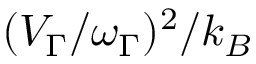
( V _ { \Gamma } / \omega _ { \Gamma } ) ^ { 2 } / k _ { B }